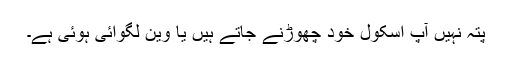
پتہ نہیں آپ اسکول خود چھوڑنے جاتے ہیں یا وین لگوائی ہوئی ہے۔